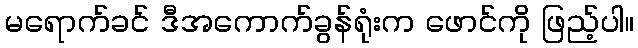
မရောက်ခင် ဒီအကောက်ခွန်ရုံးက ဖောင်ကို ဖြည့်ပါ။